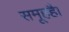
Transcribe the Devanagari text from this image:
समूहहै।